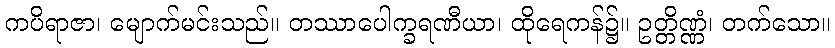
ကပိရာဇာ၊ မျောက်မင်းသည်။ တဿာပေါက္ခရဏီယာ၊ ထိုရေကန်၌။ ဥတ္တိဏ္ဏံ၊ တက်သော။